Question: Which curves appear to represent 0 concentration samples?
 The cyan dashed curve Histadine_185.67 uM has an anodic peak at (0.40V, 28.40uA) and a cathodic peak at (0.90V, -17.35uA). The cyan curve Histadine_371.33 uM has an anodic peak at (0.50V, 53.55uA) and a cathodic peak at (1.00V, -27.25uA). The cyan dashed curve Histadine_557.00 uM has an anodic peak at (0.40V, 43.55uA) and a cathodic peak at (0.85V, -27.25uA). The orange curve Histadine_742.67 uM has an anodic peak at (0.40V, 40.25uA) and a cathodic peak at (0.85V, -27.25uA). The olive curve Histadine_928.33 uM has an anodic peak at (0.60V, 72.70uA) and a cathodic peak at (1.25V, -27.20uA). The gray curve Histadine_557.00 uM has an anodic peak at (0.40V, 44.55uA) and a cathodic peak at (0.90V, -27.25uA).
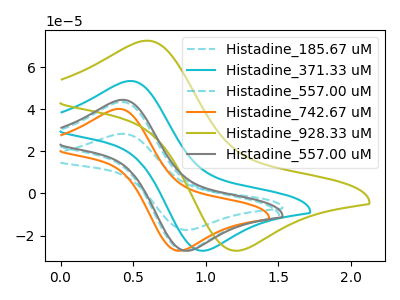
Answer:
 <answer>There are not any CV's on this graph that are likely to be blanks.</answer>
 <eval>none</eval>